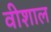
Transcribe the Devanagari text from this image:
वीशाल